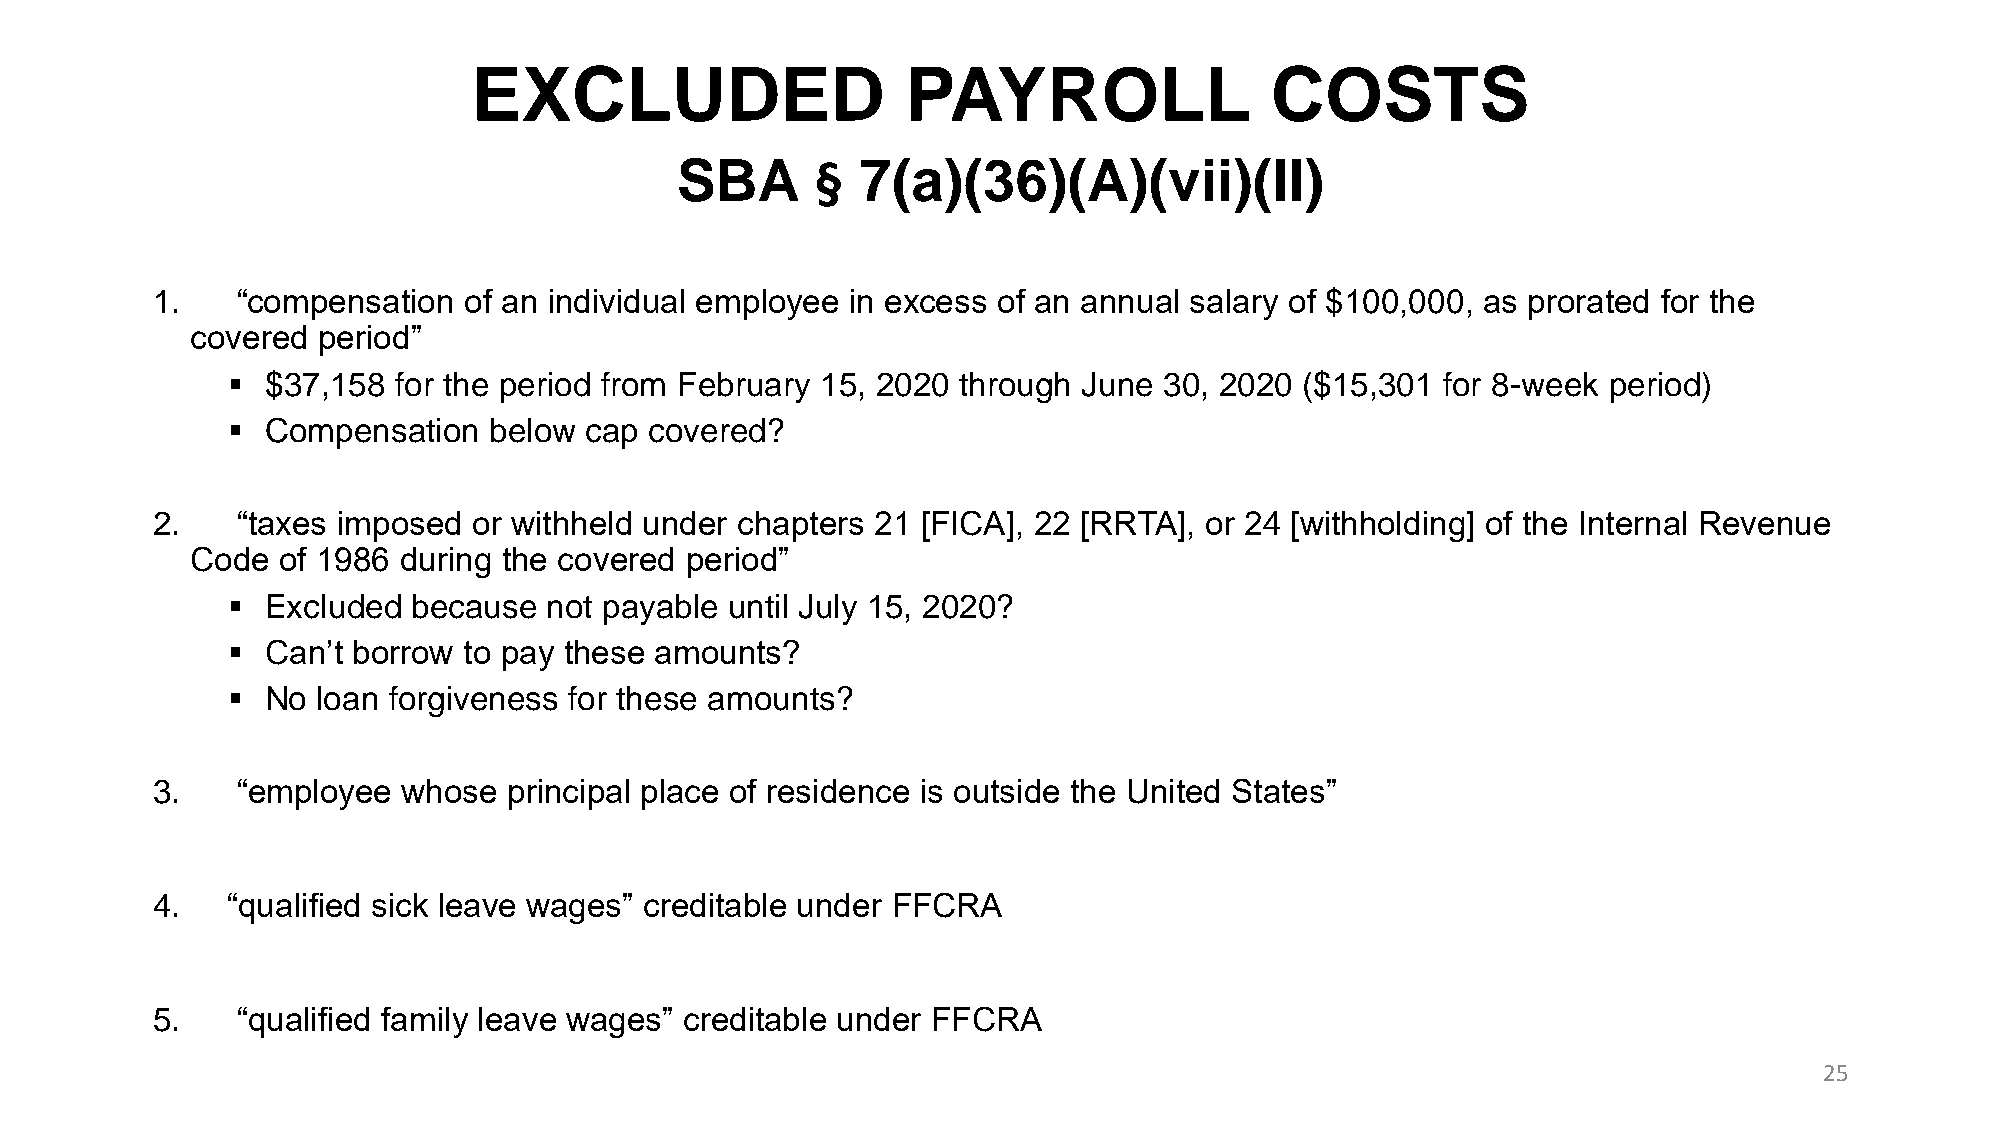
EXCLUDED                     PAYROLL                 COSTS
 SBA      §  7(a)(36)(A)(vii)(II)
 1.    “compensation  of an individual employee in excess of an annual salary of $100,000, as prorated for the
 covered period”
 ▪  $37,158 for the period from February 15, 2020 through June 30, 2020 ($15,301 for 8-week period)
 ▪  Compensation  below  cap covered?
 2.    “taxes imposed or withheld under chapters 21 [FICA], 22 [RRTA], or 24 [withholding] of the Internal Revenue
 Code of 1986 during the covered period”
 ▪  Excluded because  not payable until July 15, 2020?
 ▪  Can’t borrow to pay these amounts?
 ▪  No loan forgiveness for these amounts?
 3.    “employee  whose  principal place of residence is outside the United States”
 4.   “qualified sick leave wages” creditable under FFCRA
 5.    “qualified family leave wages” creditable under FFCRA
 25